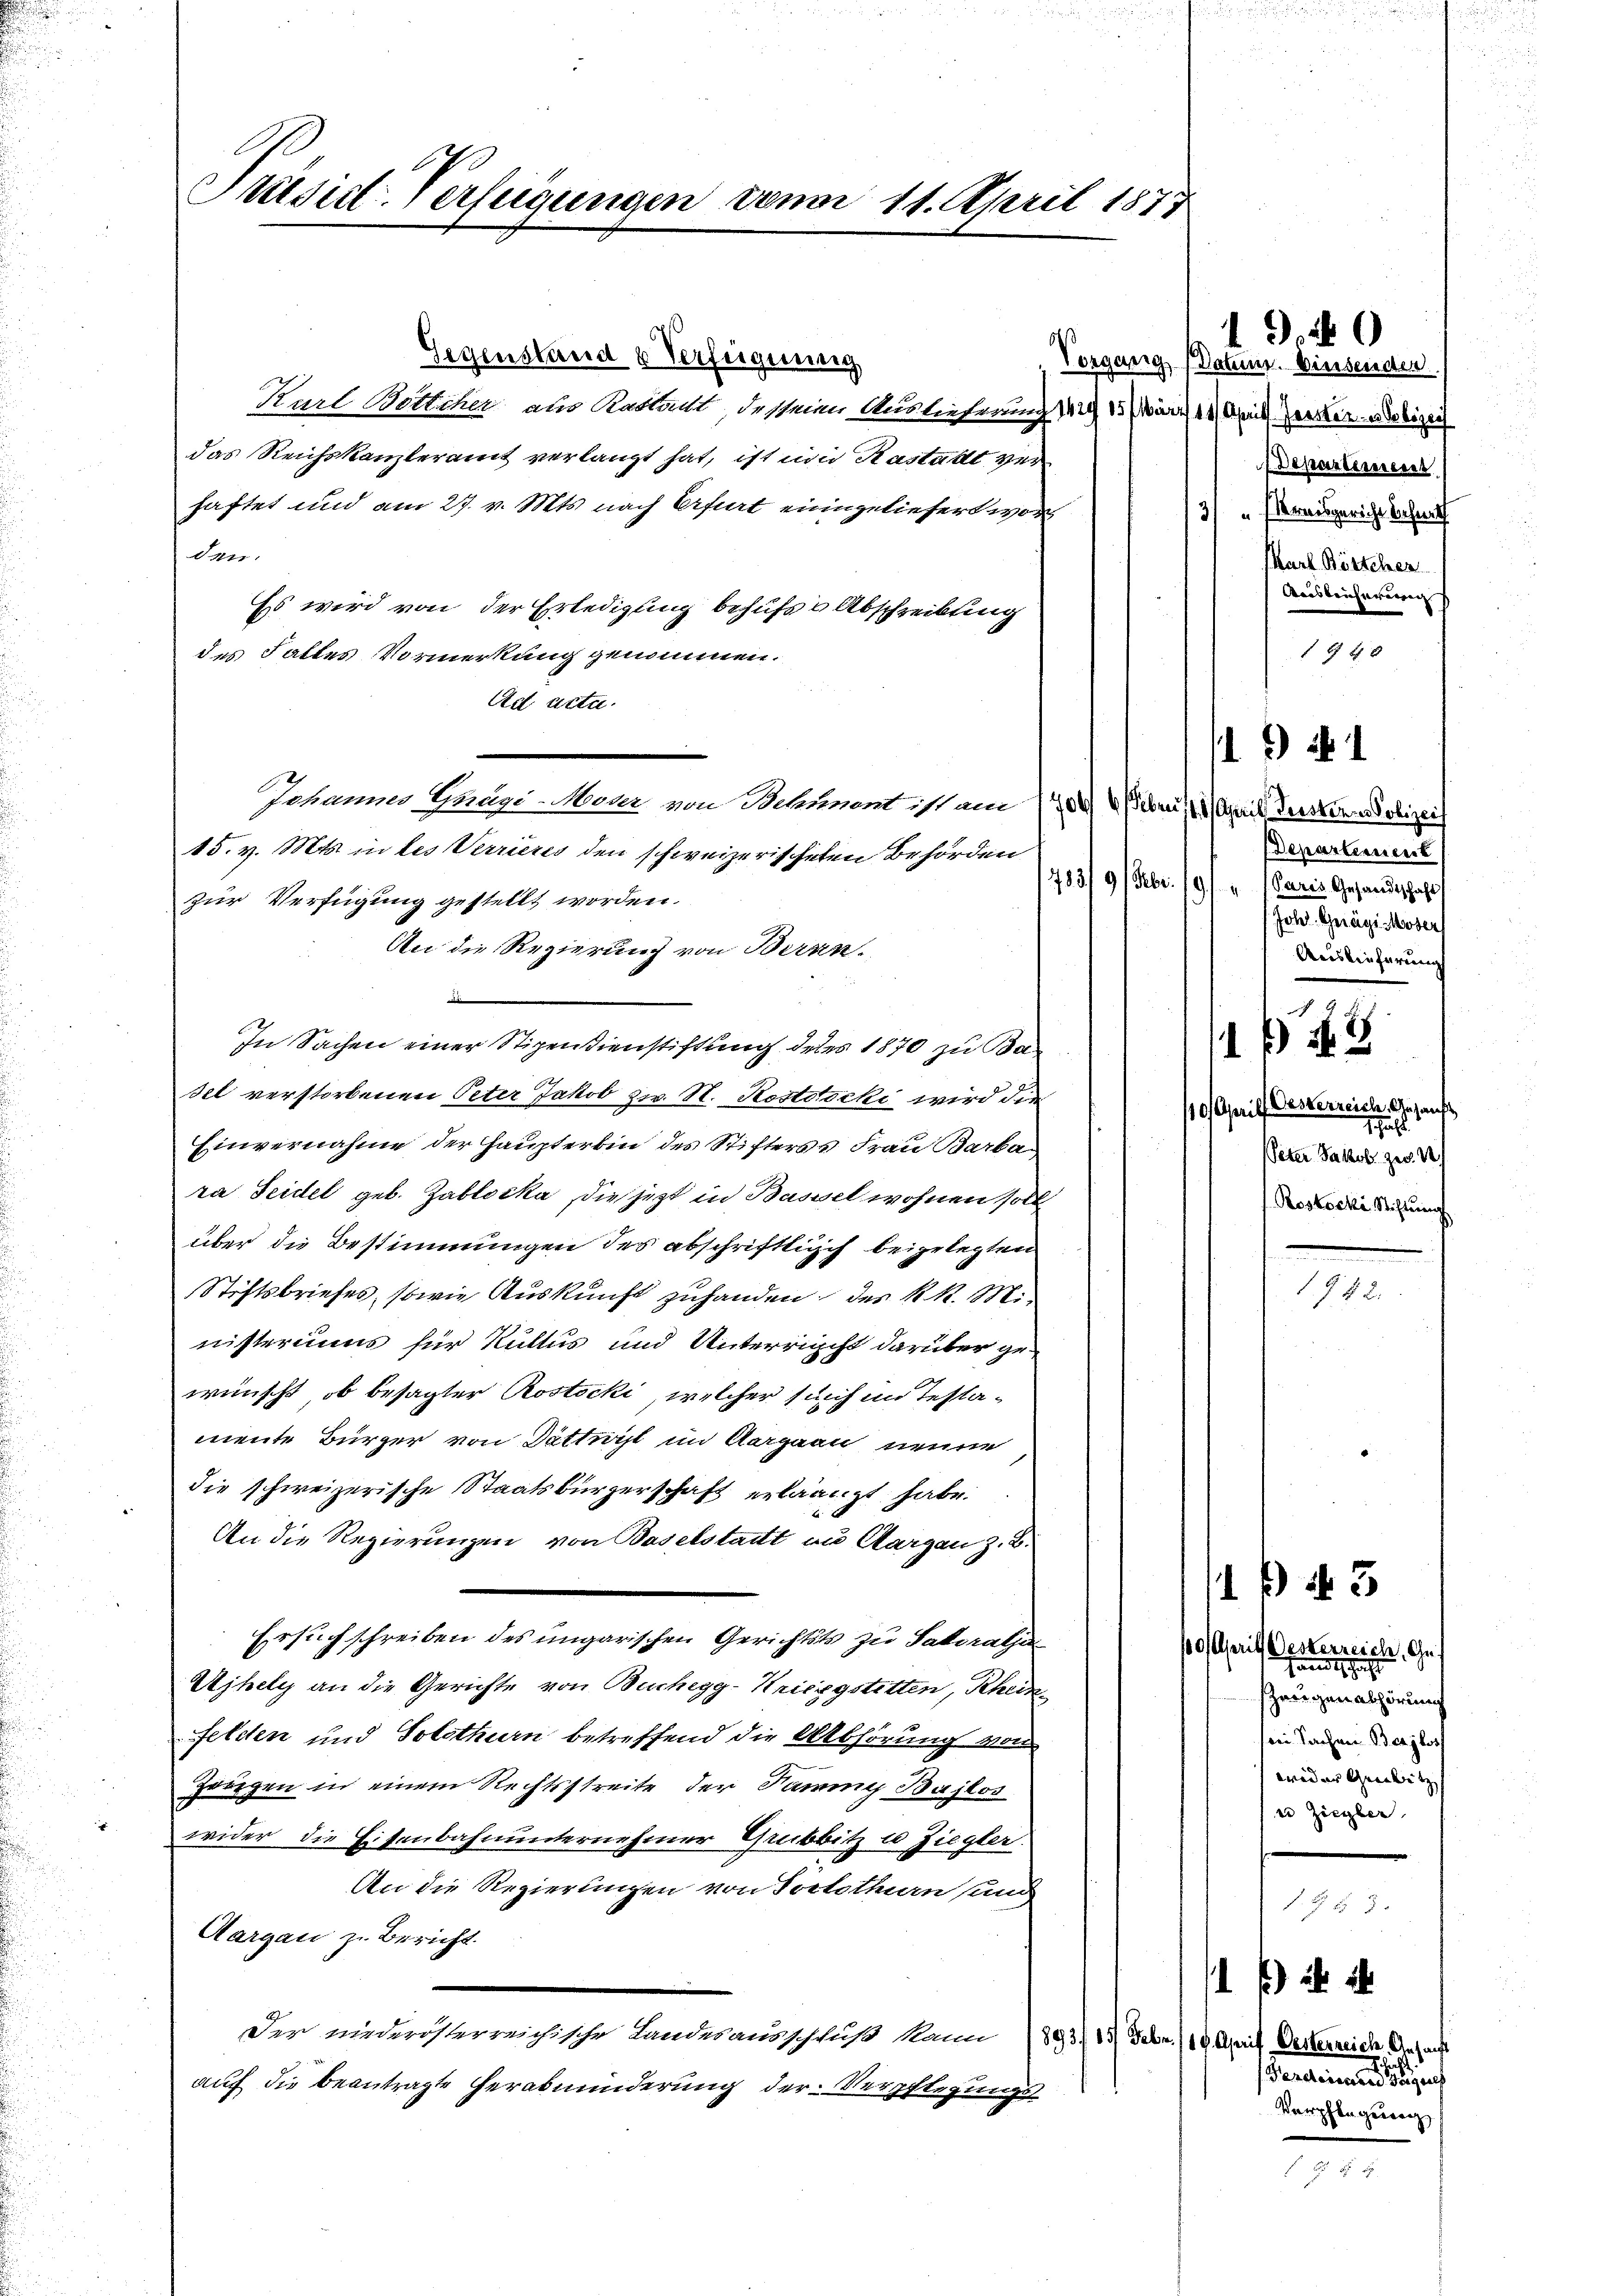
Präsidl-Verfügungen vom 11. April 1873

Gegenstand u Verfügung
Vorgang
Karl Botticher als Rastalt, dessenen Auslieferung 142/ 15 März 18 Aprill erken adelizei
das Reichskanzleramt verlangt hat, ist im Kastadt verhaftet und am 27. v. Mts. nach Erfurt einiggeliefert wor
den.
Es wird von der Erledigung behufs Abschreibung
des Falles Vormerkung genommen.
Ad acta.
Johannes Gnägi-Maur von Behnnent ist am 8. der
15. v. Mts. in des Verrieres den schweizerischeten Behörden
783/9/Gbr.
zur Verfügung gestellt worden.
An die Regierung von Bern.
i
In Sachen einer Stipendienstiftung deres 1870 zu Badel verstorbenen Peter Jakob zw. St. Kostdocki wird die
Einvernahme der Haupterbin des Stifterss Frau Barba-
ra Seidel geb. Zablocka die jetzt in Bassel wohnen sollt
über die Bestimmungen des abschriftlich beigelegten
Stiftsbriefes, sowie Auskunft zuhanden des k. k. M.
nisteriums für Kultus und Unterricht darüber gewünscht, ob besagter Rostocki welcher sich im Testamente Bürger von Dätturst im Aargau neuen
die schweizerische Staatsbürgerschaft erlangt habe.
An die Regierungen von Baselstadt an Aargau z. B.
Ersuch schreiben des ungarischen Gerichtsts zu Sakoratja
Ujhely an die Gerichte von Buchegg-Kriegstitten, Rhein
Felden und Solothurn betreffend die Abhörung von
Zeugen in einem Rechtsstreite der Sammy Bajlos
wider die Eisenbahnunternehmer Grubbitz u Ziegler.
An die Regierungen von Portothurn und
Aargau zu Bericht
Der niederösterreichische Landesausschluß kann (893/13) Febr. /10 April Oesterreich Ansacht
auf die beantragte Herabminderung der Verpflegungs

19.40
(Datum. Einsenden.
 Departeiererst
3) „Wernisgericht behaut
MKarl Börtcher
Anisbrucherenen
4 xx

110 April Gustchen Polizei
Departernent
9.) " Paris Gesandtschaft
Jold. Grägi Moser
Auslieferung

)  1

110 Aprill Oesterreich, Gesanft
schaft
Peter Jakob. geg. S
Rostocki Stiftung

2
1 ß 18

1 f 43
10 April Oesterreich, Gehändischeh
zeigen Abhörung
ei Sachen Beajlos
wider Gerbitz
e Ziegler

792.

. . 2
Perdeineren der eine
Verpflegung